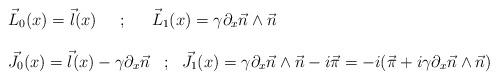
LaTeX: \begin{align*}\begin{array}{ll} \vec{L}_{0}(x) = \vec{l}(x) \;\;\;\;\;{;}\;\;\;\;\;\;\vec{L}_{1}(x) = \gamma \partial_{x} \vec{n} \wedge \vec{n} \\ \\ \vec{J}_{0}(x) = \vec{l}(x) -\gamma \partial_{x} \vec{n} \;\;\;{;}\;\;\; \vec{J}_{1}(x) = \gamma \partial_{x}\vec{n} \wedge \vec{n} - i\vec{\pi} = -i ( \vec{\pi} + i\gamma \partial_{x}\vec{n} \wedge \vec{n} ) \end{array}\end{align*}